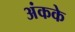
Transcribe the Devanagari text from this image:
अंकके